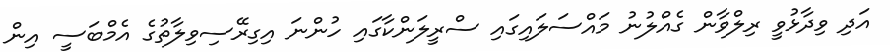
އަދި ވިދާޅުވީ ރިލްވާން ގެއްލުނު މައްސަލައިގައި ސްރީލަންކާގައި ހުންނަ އިގިރޭސިވިލާތުގެ އެމްބަސީ އިން